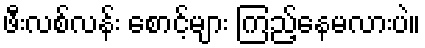
ဖီးလစ်လန်း စောင့်များ ကြည့်နေမလားပဲ။